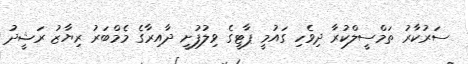
ސަރުކާރު ތަމްސީލްކުރާ ދިވެހި ގައުމީ ޕާޓީގެ ވިލުފުށީ ދާއިރާގެ މެމްބަރު ރިޔާޒު ރަޝީދު